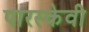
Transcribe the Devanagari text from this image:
पारस्केवी